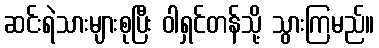
ဆင်းရဲသားများစုပြီး ဝါရှင်တန်သို့ သွားကြမည်။